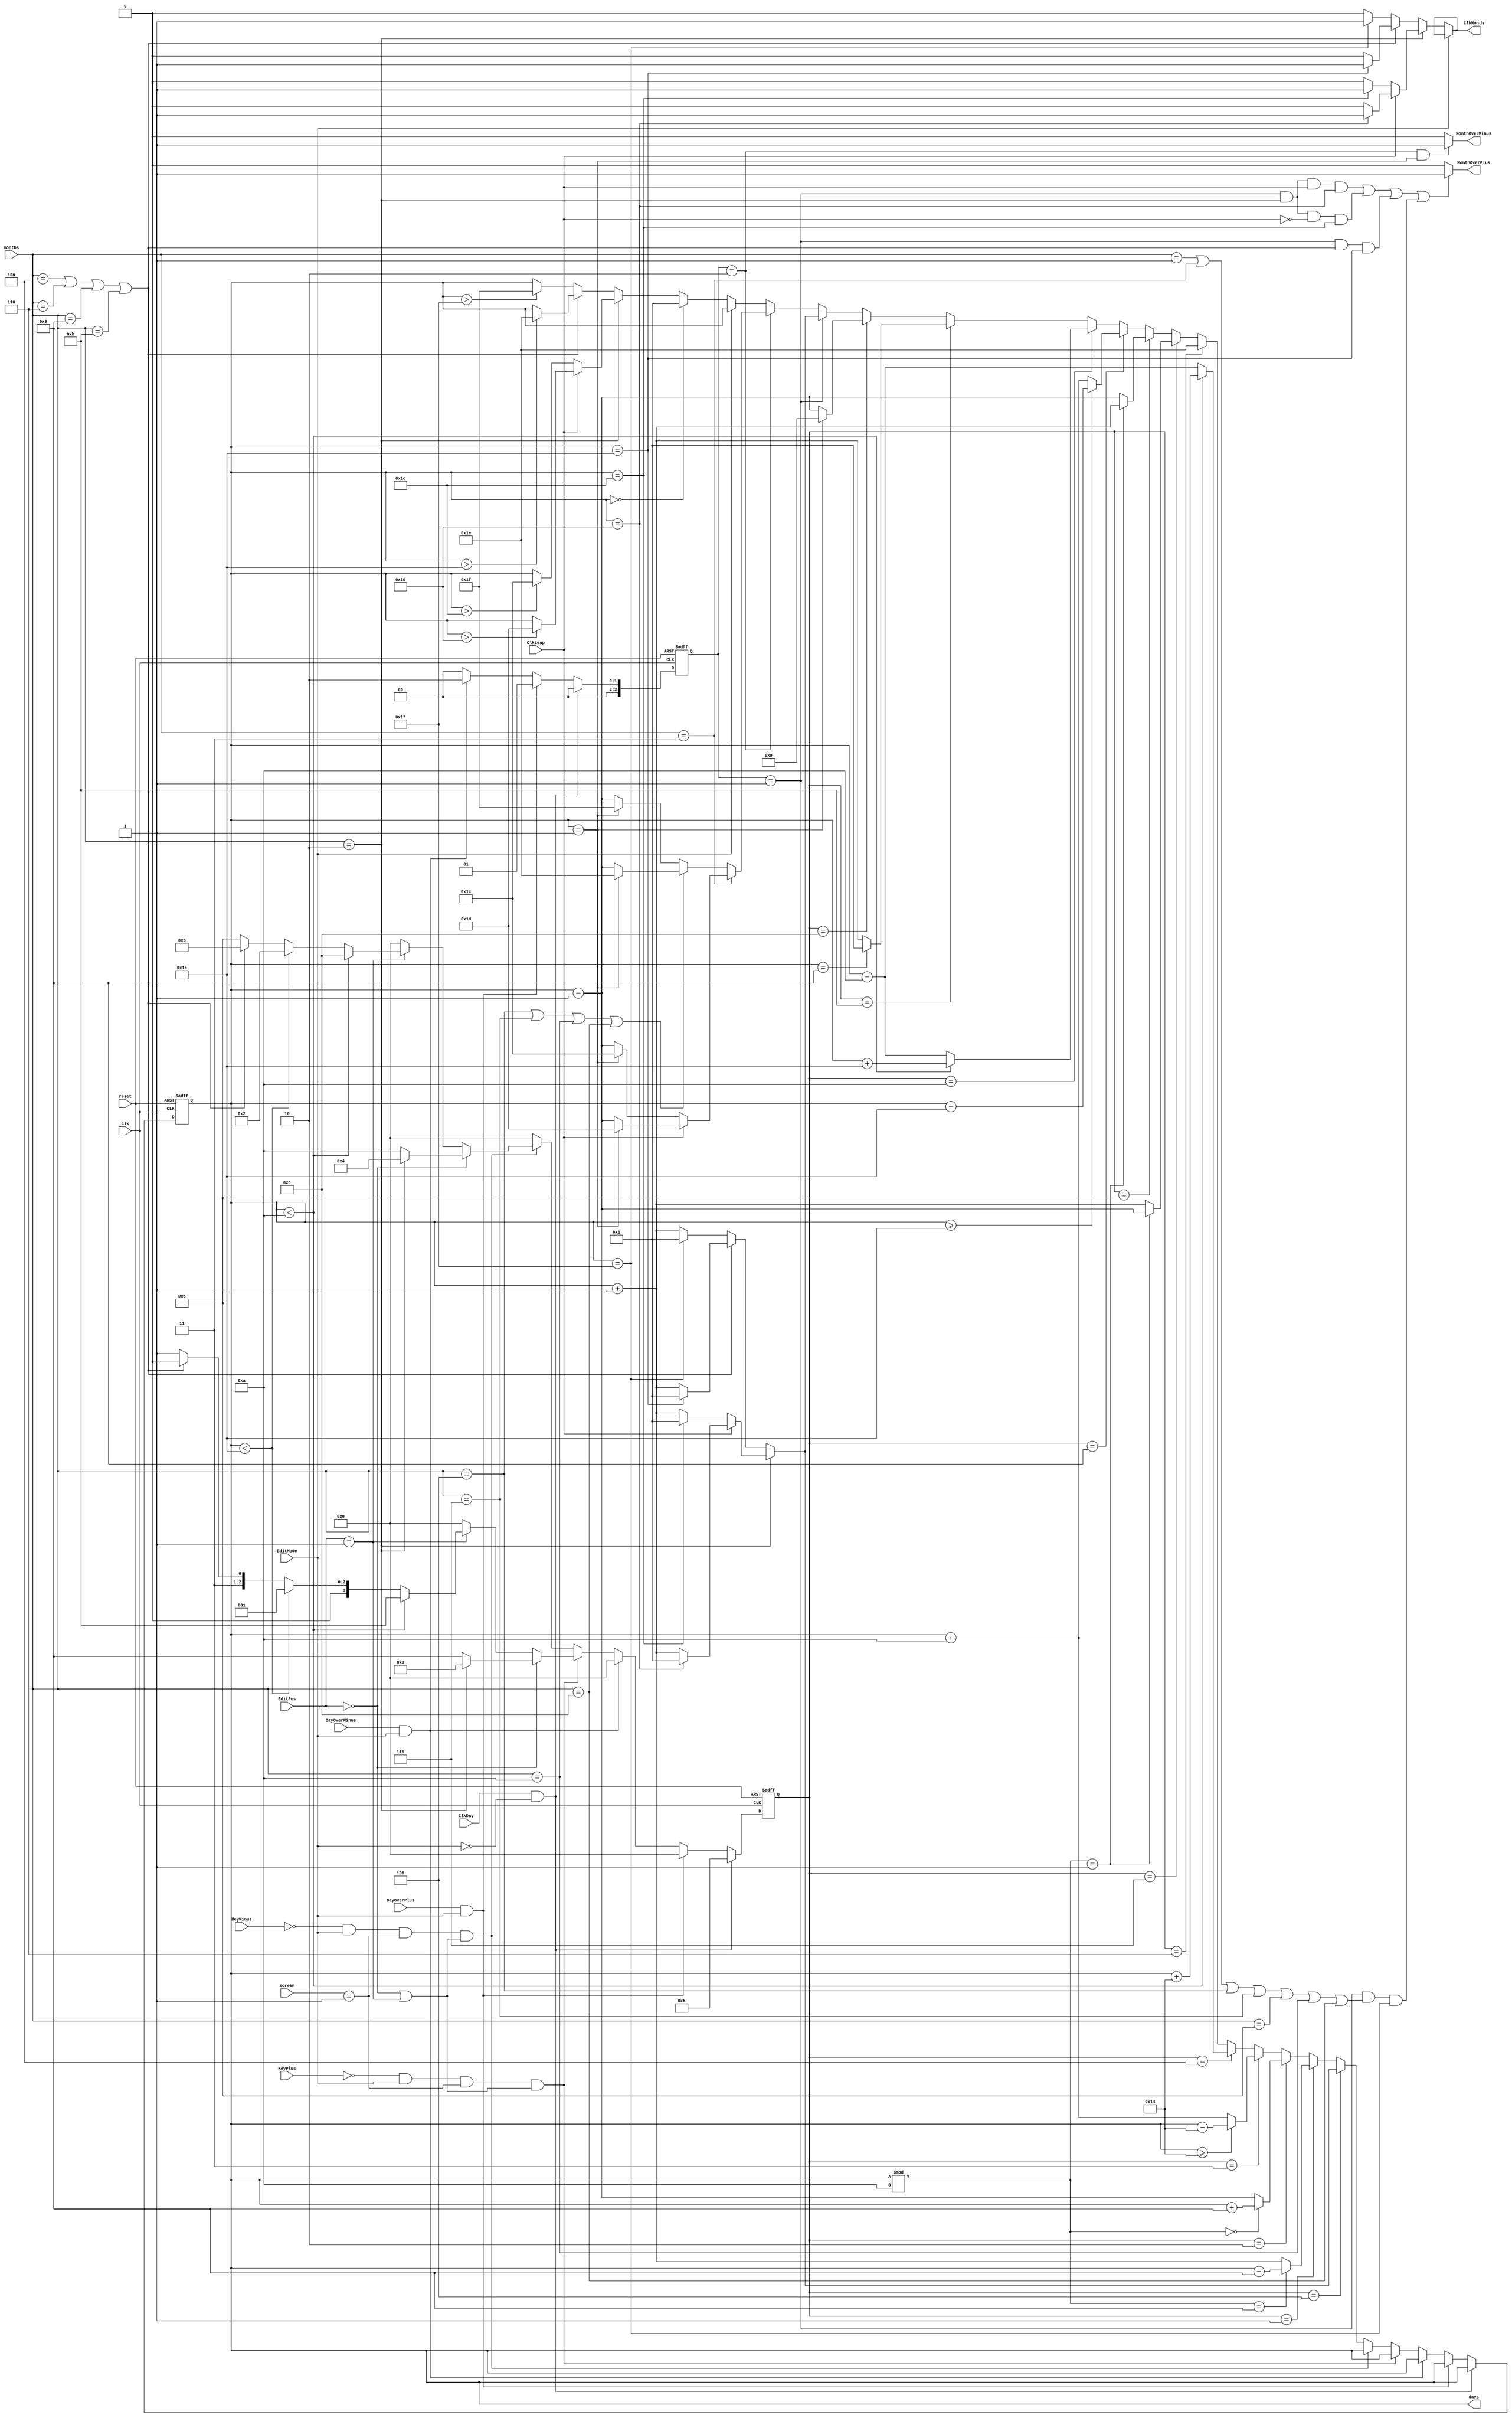
/** Days Manager
 * 
 * Input: EditPos, reset, screen, HourOverPlus, HourOverMinus,
 *        ClkDay, clk, KeyPlus, KeyMinus,
 *        month
 * Output: days, ClkMonth, MonthOverPlus, MonthOverMinus
 * 
 * Dependence: none
 * 
 * Function: Manage days of project
 * 
 * Description Input, Output:
 * 
 * - days: perform days of project
 * - ClkLeap: the clock perform the year is leap or not, it is leap when high
 * - MonthOverPlus, MonthOverMinus: the signal to plus, minus month when in Time Zone Mode
 * - ClkMonth: the clock for months counter
 * - ClkDay: the clock for days counter
 * - clk: the main clock for flip-flop
 * - KeyPlus, KeyMinus: plus, minus 1 unit of current position when in Edit Mode
 * - reset: to reset the project
 * - EditPos: the current position of hex. This is opposite with hex which is 0 in the leftmost while it is 7
 * - EditMode: perform Edit Mode which is high or low
 * - screen: perform the current screen
 * - DayOverPlus, DayOverMinus: the signal to plus, minus day when in Time Zone Mode
 * - months: perform months of project
 */
module DayCounter(days, ClkLeap, MonthOverPlus, MonthOverMinus,
						ClkMonth, ClkDay, clk, KeyPlus, KeyMinus, reset,
						EditPos, EditMode, screen, DayOverPlus, DayOverMinus,
						months);
	output reg[6:0] days;
	output ClkMonth, MonthOverPlus, MonthOverMinus;
	input [6:0] months;
	input [2:0] EditPos;
	input clk, ClkDay, ClkLeap,
			KeyPlus, KeyMinus, reset,
			EditMode, DayOverPlus, DayOverMinus;
	input [1:0] screen;
	
	reg [3:0] mode, mode2;
	
	assign ClkMonth = EditMode == 1? ClkMonth:
				(months == 2? (ClkLeap == 1? (days == 29? 1'b1: 1'b0): (days == 28? 1'b1: 1'b0)):
				((months == 4 || months == 6 || months == 9 || months == 11)? (days == 30? 1'b1: 1'b0):
				(days == 31? 1'b1: 1'b0)));
	assign MonthOverPlus = ((mode2 == 1 && months == 2 && ClkLeap == 1 && days == 29) ||
									(mode2 == 1 && months == 2 && ClkLeap == 0 && days == 28) ||
									(mode2 == 1 && (months == 4 || months == 6 || months == 9 || months == 11) && days == 30) ||
									(mode2 == 1 && (months == 1 || months == 3 || months == 5 || months == 7 ||
														months == 8 || months == 10 || months == 12) && days == 31))? 1'b1: 1'b0;
	assign MonthOverMinus = (mode2 == 2 && days == 1)? 1'b1: 1'b0;
	
	
	always @(posedge clk, negedge reset) begin
		if(~reset) begin
			days <= 25;
			mode <= 0;
			mode2 <= 0;
		end
		else if(ClkDay && EditMode == 0) begin
			mode2 <= 0;
			mode <= 5;
		end
		else if(DayOverPlus && EditMode == 1) begin
			mode <= 0;
			mode2 <= 1;
		end
		else if(DayOverMinus && EditMode == 1) begin
			mode <= 0;
			mode2 <= 2;
		end
		else if(~KeyPlus && EditMode == 1 && screen == 1 && (EditPos == 0 || EditPos == 1)) begin
			mode2 <= 0;
			if(EditPos == 0) begin
				if (months == 2) mode <= 3;
				else mode <= 9;
			end
			else if(EditPos == 1) begin
				if (days < 10) mode <= 11;
				else if (days < 30) mode <= 1;
				else if (months == 4 || months == 6 || months == 9 || months == 11) mode <= 6;
				else mode <= 7;
			end
			else mode <= 0;
		end
		else if(~KeyMinus && EditMode == 1 && screen == 1 && (EditPos == 0 || EditPos == 1)) begin
			mode2 <= 0;
			if(EditPos == 0) begin
				if (months == 2) mode <= 4;
				else mode <= 10;
			end
			else if(EditPos == 1) begin
				if (days < 10) mode <= 12;
				else if (days < 30) mode <= 2;
				else if (months == 4 || months == 6 || months == 9 || months == 11) mode <= 6;
				else mode <= 8;
			end
			else mode <= 0;
		end
		else begin
			mode <= 0;
			mode2 <= 0;
			days <= mode == 5? (months == 2? (ClkLeap == 1? (days == 29? 7'd1: days + 7'd1): (days == 28? 7'd1: days + 7'd1)):
									((months == 4 || months == 6 || months == 9 || months == 11)? (days == 30? 7'd1: days + 7'd1):
									(days == 31? 7'd1: days + 7'd1))):
						mode == 1? (days % 10 == 9? days - 7'd9: days + 7'd1):
						mode == 2? (days % 10 == 0? days + 7'd9: days - 7'd1):
						mode == 3? (days >= 20? days - 7'd20: days + 7'd10):
						mode == 4? (days < 10? days + 7'd20: days - 7'd10):
						mode == 6? 7'd30:
						mode == 7? (days % 10 == 1? days - 7'd1: days + 7'd1):
						mode == 8? (days % 10 == 1? days + 7'd1: days - 7'd1):
						mode == 9? (days >= 30? days - 7'd30: days + 7'd10):
						mode == 10? (days < 10? days + 7'd30: days - 7'd10):
						mode == 11? (days == 9? 7'd1: days + 7'd1):
						mode == 12? (days == 1? 7'd9: days - 7'd1):
						mode2 == 1? (months == 2? (ClkLeap == 1? (days == 29? 7'd1: days + 7'd1): (days == 28? 7'd1: days + 7'd1)):
									((months == 4 || months == 6 || months == 9 || months == 11)? (days == 30? 7'd1: days + 7'd1):
									(days == 31? 7'd1: days + 7'd1))):
						mode2 == 2? (months == 3? (ClkLeap == 1? (days == 1? 7'd29: days - 7'd1): (days == 1? 7'd28: days - 7'd1)):
									((months == 5 || months == 7 || months == 10 || months == 12)? (days == 1? 7'd30: days - 7'd1):
									(days == 1? 7'd31: days - 7'd1))):
						(EditMode == 0)? (days == 0? 7'd1:
									(months == 2? (ClkLeap == 1? (days > 29? 7'd29: days): (days > 28? 7'd28: days)):
									((months == 4 || months == 6 || months == 9 || months == 11)? (days > 30? 7'd30: days):
									(days > 31? 7'd31: days)))):
									days;
		end
	end
	
endmodule